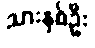
သားနှစ်ဦး